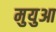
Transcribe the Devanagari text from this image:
मुयुआ